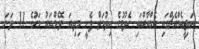
އައިޖީއެމްއެޗްގައި އެމްއާރްއައި ހެދުމުގެ ހިދުމަތް ފެށީ މިދިޔަ ނޮވެމްބަރު މަހުގެ 11 ވަނަ